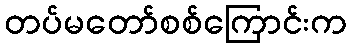
တပ်မတော်စစ်ကြောင်းက